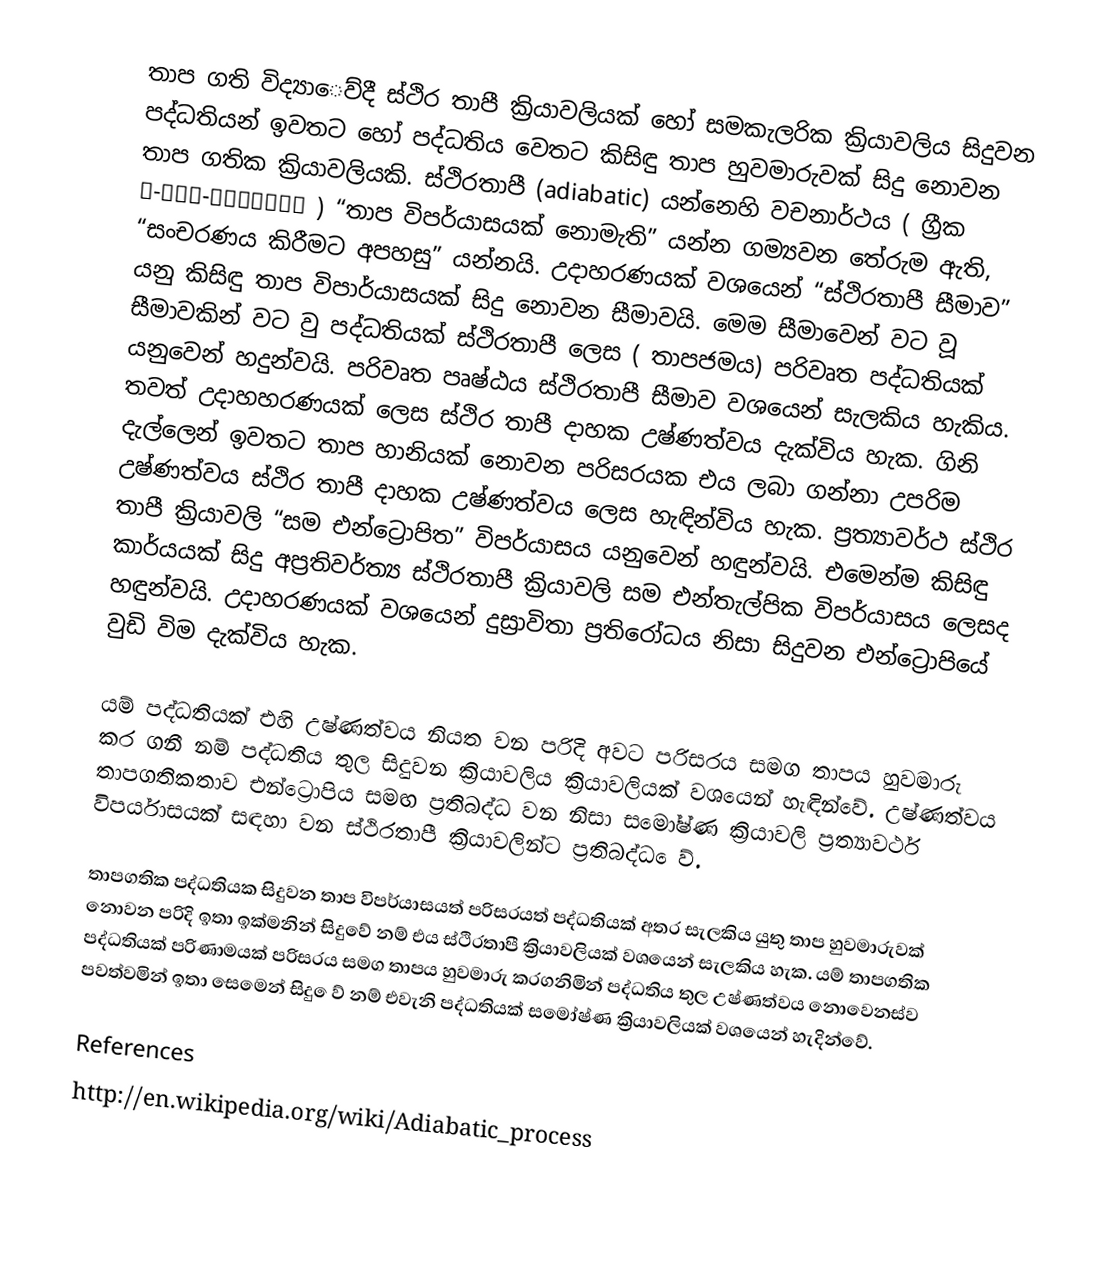
තාප ගති විද්‍යා‍ෙව්දී ස්ථිර තාපී ක්‍රියාවලියක් හෝ සමකැලරික ක්‍රියාවලිය සිදුවන පද්ධතියන් ඉවතට හෝ පද්ධතිය වෙතට කිසිඳු තාප හුවමාරුවක්  සිදු නොවන තාප ගතික ක්‍රියාවලියකි. ස්ථිරතාපී (adiabatic) යන්නෙහි වචනාර්ථය ( ග්‍රීක   ἀ-διὰ-βαῖνειν  ) “තාප විපර්යාසයක් නොමැති” යන්න ගම්‍යවන තේරුම ඇති, “සංචරණය කිරීමට අපහසු” යන්නයි. උදාහරණයක් වශයෙන් “ස්ථිරතාපී සීමාව” යනු කිසිඳු තාප විපාර්යාසයක් සිදු නොවන සීමාවයි. මෙම සීමාවෙන් වට වූ සීමාවකින් වට වු පද්ධතියක් ස්ථිරතාපී ලෙස ( තාපජමය) පරිවෘත පද්ධතියක් යනුවෙන් හදුන්වයි.  පරිවෘත පෘෂ්ඨය ස්ථිරතාපී සීමාව වශයෙන් සැලකිය හැකිය. තවත් උදාහහරණයක් ලෙස ස්ථිර තාපී දාහක උෂ්ණත්වය දැක්විය හැක. ගිනි දැල්ලෙන් ඉවතට තාප හානියක් නොවන පරිසරයක එය ලබා ගන්නා උපරිම උෂ්ණත්වය ස්ථිර තාපී දාහක උෂ්ණත්වය ලෙස හැඳින්විය හැක. ප්‍රත්‍යාවර්ථ ස්ථිර තාපී ක්‍රියාවලි “සම එන්ට්‍රොපිත” විපර්යාසය යනුවෙන් හඳුන්වයි. එමෙන්ම කිසිඳු කාර්යයක් සිදු අප්‍රතිවර්ත්‍ය ස්ථිරතාපී ක්‍රියාවලි සම එන්තැල්පික විපර්යාසය ලෙසද හඳුන්වයි. උදාහරණයක් වශයෙන් දුස්‍රාවිතා ප්‍රතිරෝධය නිසා සිදුවන එන්ට්‍රොපියේ වුඩි විම දැක්විය හැක.

යම් පද්ධතියක් එහි උෂ්ණත්වය නියත වන පරිදි අවට පරිසරය සමග තාපය හුවමාරු කර ගනී නම් පද්ධතිය තුල සිදුවන ක්‍රියාවලිය ක්‍රියාවලියක් වශයෙන් හැඳින්වේ. උෂ්ණත්වය තාපගතිකතාව එන්ට්‍රොපිය සමඟ ප්‍රතිබද්ධ වන නිසා සමෝෂ්ණ ක්‍රියාවලි ප්‍රත්‍යාවර්ථ විපර්යාසයක් සඳහා වන ස්ථිරතාපී ක්‍රියාවලින්ට ප්‍රතිබද්ධ ‍ෙව්‍.

තාපගතික පද්ධතියක සිදුවන තාප විපර්යාසයත් පරිසරයත් පද්ධතියක් අතර සැලකිය යුතු තාප හුවමාරුවක් නොවන පරිදි ඉතා ඉක්මනින් සිදු‍වේ නම්  එය ස්ථිරතාපී ක්‍රියාවලියක් වශයෙන් සැලකිය හැක. යම්‍ තාපගතික පද්ධතියක් පරිණාමයක් පරිසරය සමග තාපය හුවමාරු කරගනිමින් පද්ධතිය තුල උෂ්ණත්වය නොවෙනස්ව පවත්වමින් ඉතා සෙමෙන් සිදු ‍ෙව් නම්‍ එවැනි පද්ධතියක් සමෝෂ්ණ ක්‍රියාවලියක් වශයෙන් හැදින්වේ.

References
http://en.wikipedia.org/wiki/Adiabatic_process